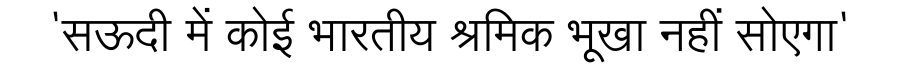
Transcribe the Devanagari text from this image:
'सऊदी में कोई भारतीय श्रमिक भूखा नहीं सोेएगा'